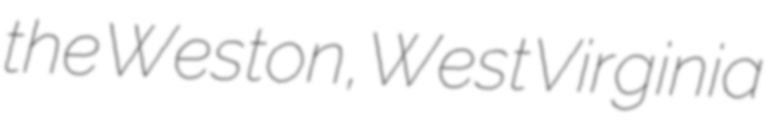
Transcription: the Weston, West Virginia